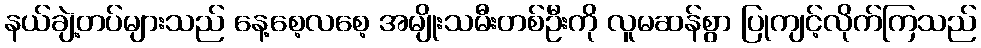
နယ်ချဲ့တပ်များသည် နေ့စေ့လစေ့ အမျိုးသမီးတစ်ဦးကို လူမဆန်စွာ ပြုကျင့်လိုက်ကြသည်